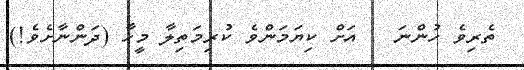
ތެރިވެ ހުންނަ   އަށް ކިޔަމަންވެ ކުރިމަތިލާ މީހާ (ދަންނާށެވެ!)